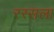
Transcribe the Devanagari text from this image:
रस्सला